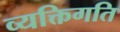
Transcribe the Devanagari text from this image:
व्यक्तिगति